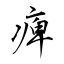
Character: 痺